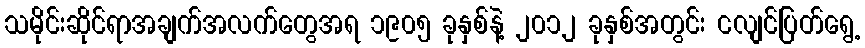
သမိုင်းဆိုင်ရာအချက်အလက်တွေအရ ၁၉၀၅ ခုနှစ်နဲ့ ၂၀၁၂ ခုနှစ်အတွင်း ငလျင်ပြတ်ရွေ့